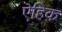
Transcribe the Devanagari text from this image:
ऎहिक